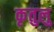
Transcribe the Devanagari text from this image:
कृतुलु